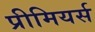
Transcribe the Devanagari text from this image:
प्रीमियर्स